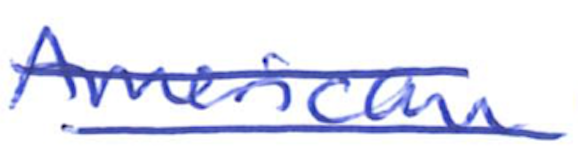
Text: American
Cross-out: double-line
Writing tool: ballpoint